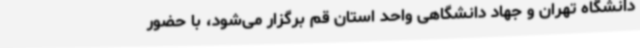
دانشگاه تهران و جهاد دانشگاهی واحد استان قم برگزار می‌شود، با حضور